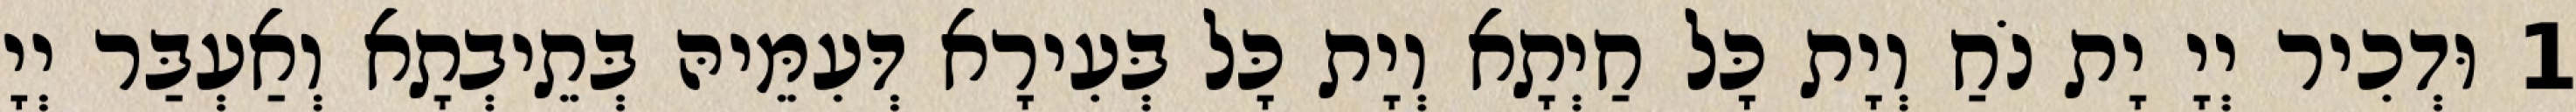
1 וּדְכִיר יְיָ יָת נֹחַ וְיָת כָּל חַיְתָא וְיָת כָּל בְּעִירָא דְּעִמֵּיהּ בְּתֵיבְתָא וְאַעְבַּר יְיָ